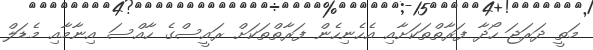
މަތީ ދަރަޖަ ހޯދާ ފަރާތްތަކަށާއި އެހެނިހެން ފަރާތްތަކަށް ރައީސްގެ ހާއްސަ އިނާމާއި މެޑަލް